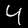
Digit: 4